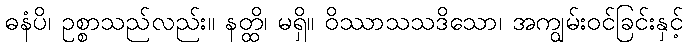
ဓနံပိ၊ ဥစ္စာသည်လည်း။ နတ္ထိ၊ မရှိ။ ဝိဿာသသဒိသော၊ အကျွမ်းဝင်ခြင်းနှင့်